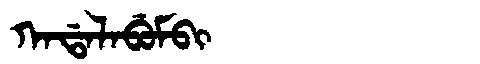
Manchu: ᡴᠠᡩᠠᠯᠠᠪᡠᠮᠪᡳ
Romanization: KADALABUMBI